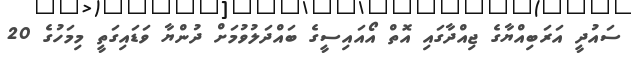
ސައުދީ އަރަބިއްޔާގެ ޖިއްދާގައި އޮތް އޯއައިސީގެ ބައްދަލުވުމަށް ދުންޔާ ވަޑައިގަތީ މިމަހުގެ 20